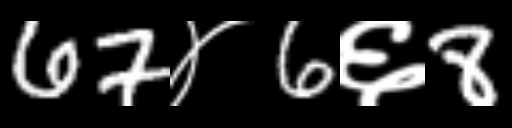
Text: 67४6६8